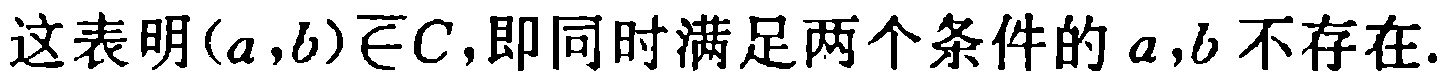
这表明$(a,b)\overline{\in}C$,即同时满足两个条件的$a,b$不存在.